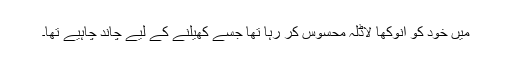
میں خود کو انوکھا لاڈلہ محسوس کر رہا تھا جسے کھیلنے کے لیے چاند چاہیے تھا۔